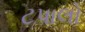
ટપાલો